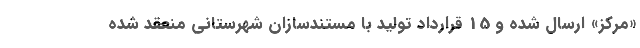
«مرکز» ارسال شده و 15 قرارداد تولید با مستندسازان شهرستانی منعقد شده